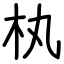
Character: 𣏒